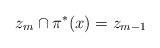
\begin{align*} z_{m} \cap \pi^{*}(x) = z_{m-1}\end{align*}